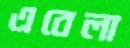
এবেলা